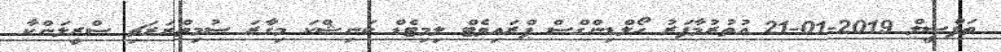
ތަފްސީލް 2019-01-21 އުތުރުމާފަރު ހޯލްޑިންގްސް ޕްރައިވެޓް ލިމިޓެޑް ކަނިޝްކަ މިގާރަ ސުމިތްރަރަޗި ސްރީލަންކާ